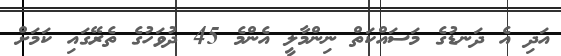
އަދި އެ ދަނޑުގެ މަސައްކަތް ނިންމާލީ އެންމެ 45 ދުވަހުގެ ތެރޭގައި ކަމަށް